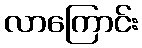
လာကြောင်း